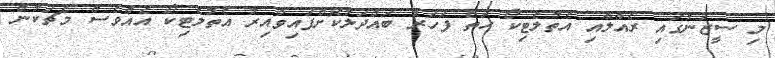
މި ސީޒަނުގައި ރެއާލާއި އެތުލެޓިކޯ ހަތް ފަހަރު ބައްދަލުކޮށްފައިވާއިރު އެތުލެޓިކޯ އެއްވެސް މެޗަކުން